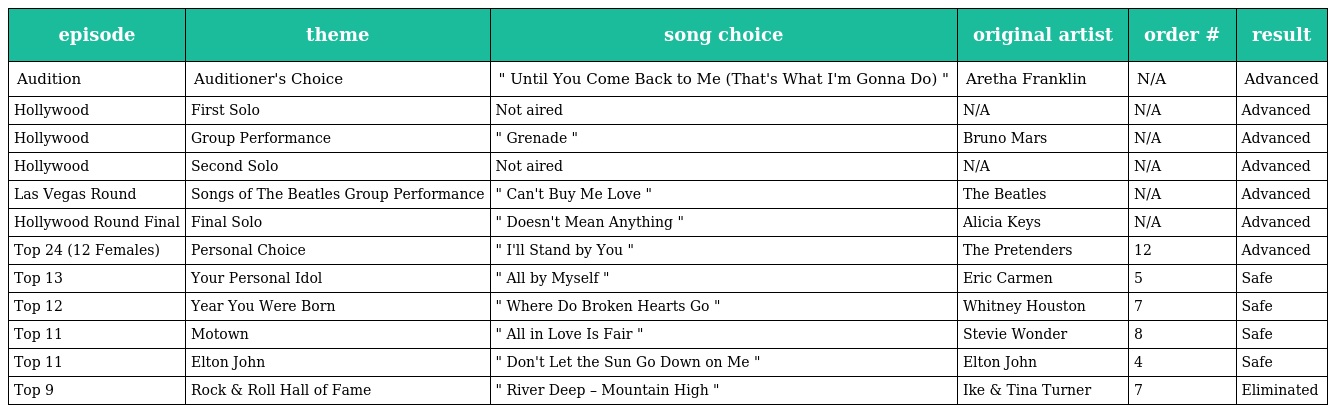
| episode | theme | song choice | original artist | order # | result |
 | --- | --- | --- | --- | --- | --- |
 | Audition | Auditioner's Choice | " Until You Come Back to Me (That's What I'm Gonna Do) " | Aretha Franklin | N/A | Advanced |
 | Hollywood | First Solo | Not aired | N/A | N/A | Advanced |
 | Hollywood | Group Performance | " Grenade " | Bruno Mars | N/A | Advanced |
 | Hollywood | Second Solo | Not aired | N/A | N/A | Advanced |
 | Las Vegas Round | Songs of The Beatles Group Performance | " Can't Buy Me Love " | The Beatles | N/A | Advanced |
 | Hollywood Round Final | Final Solo | " Doesn't Mean Anything " | Alicia Keys | N/A | Advanced |
 | Top 24 (12 Females) | Personal Choice | " I'll Stand by You " | The Pretenders | 12 | Advanced |
 | Top 13 | Your Personal Idol | " All by Myself " | Eric Carmen | 5 | Safe |
 | Top 12 | Year You Were Born | " Where Do Broken Hearts Go " | Whitney Houston | 7 | Safe |
 | Top 11 | Motown | " All in Love Is Fair " | Stevie Wonder | 8 | Safe |
 | Top 11 | Elton John | " Don't Let the Sun Go Down on Me " | Elton John | 4 | Safe |
 | Top 9 | Rock & Roll Hall of Fame | " River Deep – Mountain High " | Ike & Tina Turner | 7 | Eliminated |